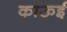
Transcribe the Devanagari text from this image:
काऊई